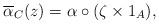
LaTeX: \begin{align*}\overline{\alpha}_C(z) = \alpha \mathbin{\circ} (\zeta \times 1_A),\end{align*}